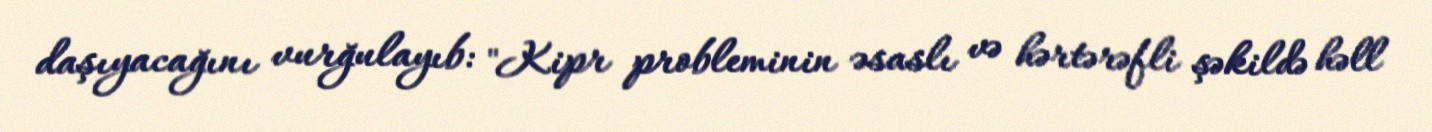
daşıyacağını vurğulayıb: "Kipr probleminin əsaslı və hərtərəfli şəkildə həll